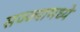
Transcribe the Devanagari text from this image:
सज्ज्यामध्ये